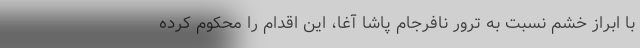
با ابراز خشم نسبت به ترور نافرجام پاشا آغا، این اقدام را محکوم کرده